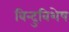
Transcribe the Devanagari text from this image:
बिन्दुविशेष